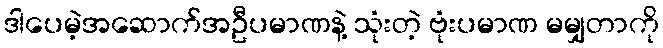
ဒါပေမဲ့အဆောက်အဦပမာဏနဲ့ သုံးတဲ့ ဗုံးပမာဏ မမျှတာကို